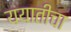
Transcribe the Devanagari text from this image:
ययातीचा